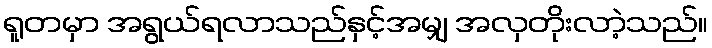
ရူတမှာ အရွယ်ရလာသည်နှင့်အမျှ အလှတိုးလာဲ့သည်။